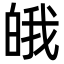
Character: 皒